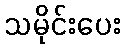
သမိုင်းပေး